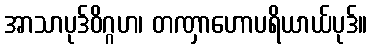
အာသာပုဒ်ဝိဂ္ဂဟ၊ တဏှာဟောပရိယာယ်ပုဒ်။